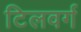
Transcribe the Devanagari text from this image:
टिलवर्ग